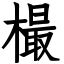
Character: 樶